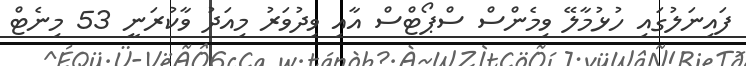
ފައިނަލުގައި ހުޅުމާލޭ ވިމެންސް ސްޕޯޓްސް އާއި ވިދުވަރު މިއަދު ވާކުރަނީ 53 މިނެޓް